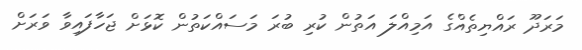
މަރަދޫ ރައްޔިތެއްގެ އަމިއްލަ އަތުން ކުރި ބުރަ މަސައްކަތުން ކޮޅަށް ޖަހާފައިވާ ވަރަށް